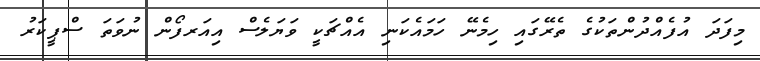
މިފަދަ އުފެއްދުންތަކުގެ ތެރޭގައި ހިމެނޭ ހަމައެކަނި އެއްޗަކީ ވަޔަލެސް އިއަރފޯން ނުވަތަ ސްޕީކަރު